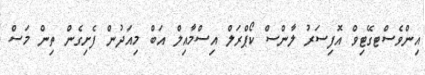
އިންވެސްޓގޭޓިވް އޮފިސަރު ލާންސް ކޯޕްރަލް އިސްމާއިލް އަބް މިއަދުން ފެށިގެން ތިން މަސް